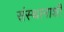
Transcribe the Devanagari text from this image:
संस्थानाशी